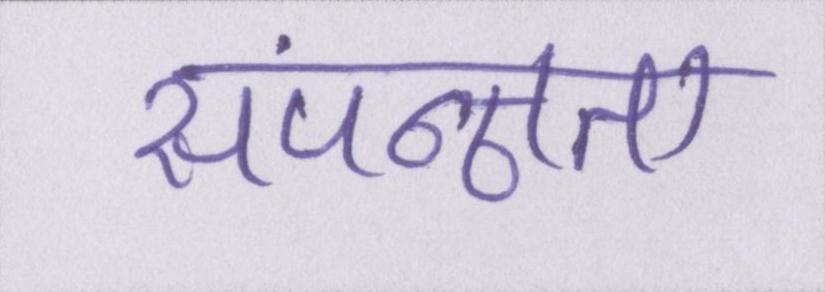
संपन्नता